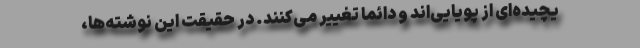
یچیده‌ای از پویایی‌اند و دائماً تغییر می‌کنند. در حقیقت این نوشته‌ها،